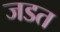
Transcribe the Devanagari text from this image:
जडत